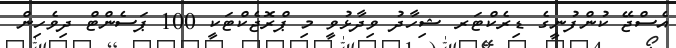
އެސްޖޭ ކުންފުނީގެ ޑިރެކްޓަރ ޝިހާދު ވިދާޅުވީ މި ޕްރޮޖެކްޓަކީ 100 ޕަސެންޓް ދިވެހިން